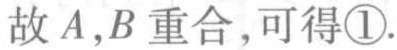
故 \(A,B\) 重合，可得\textcircled{1}.